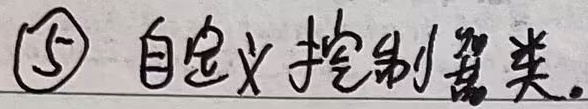
\textcircled{5} 自定义控制器类。